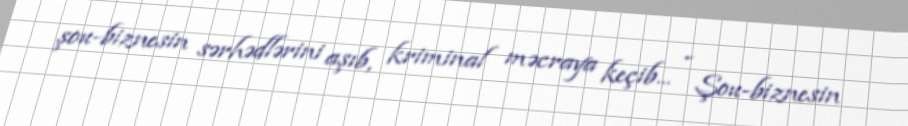
şou-biznesin sərhədlərini aşıb, kriminal məcraya keçib... - Şou-biznesin